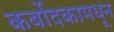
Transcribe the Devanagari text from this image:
कर्बोदकामधून